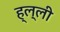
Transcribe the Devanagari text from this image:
ह्ल्ली